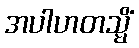
အပါဟတသ္မိံ